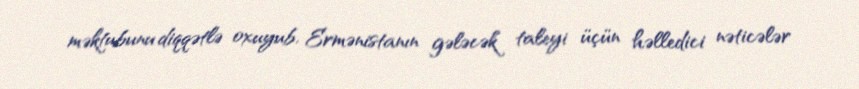
məktubunu diqqətlə oxuyub, Ermənistanın gələcək taleyi üçün həlledici nəticələr